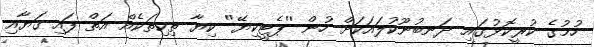
ހުމުގެ ކުރީކޮޅުގައި ދަނބުނޫކުލައަކަށް ހުން ''ޕެޓީކިޔޭ'' ކިޔާ ތިކިތަކެއް އަތް ފައި ގަޔާއި